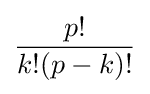
{\frac {p!}{k!(p-k)!}}